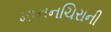
માનનચિરાની